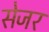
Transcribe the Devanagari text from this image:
सेजर